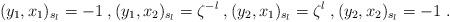
LaTeX: \begin{align*} (y_1,x_1)_{s_l} = -1 \;, (y_1,x_2)_{s_l} = \zeta^{-l} \;, (y_2,x_1)_{s_l} = \zeta^{l} \;, (y_2,x_2)_{s_l} = -1 \;.\end{align*}